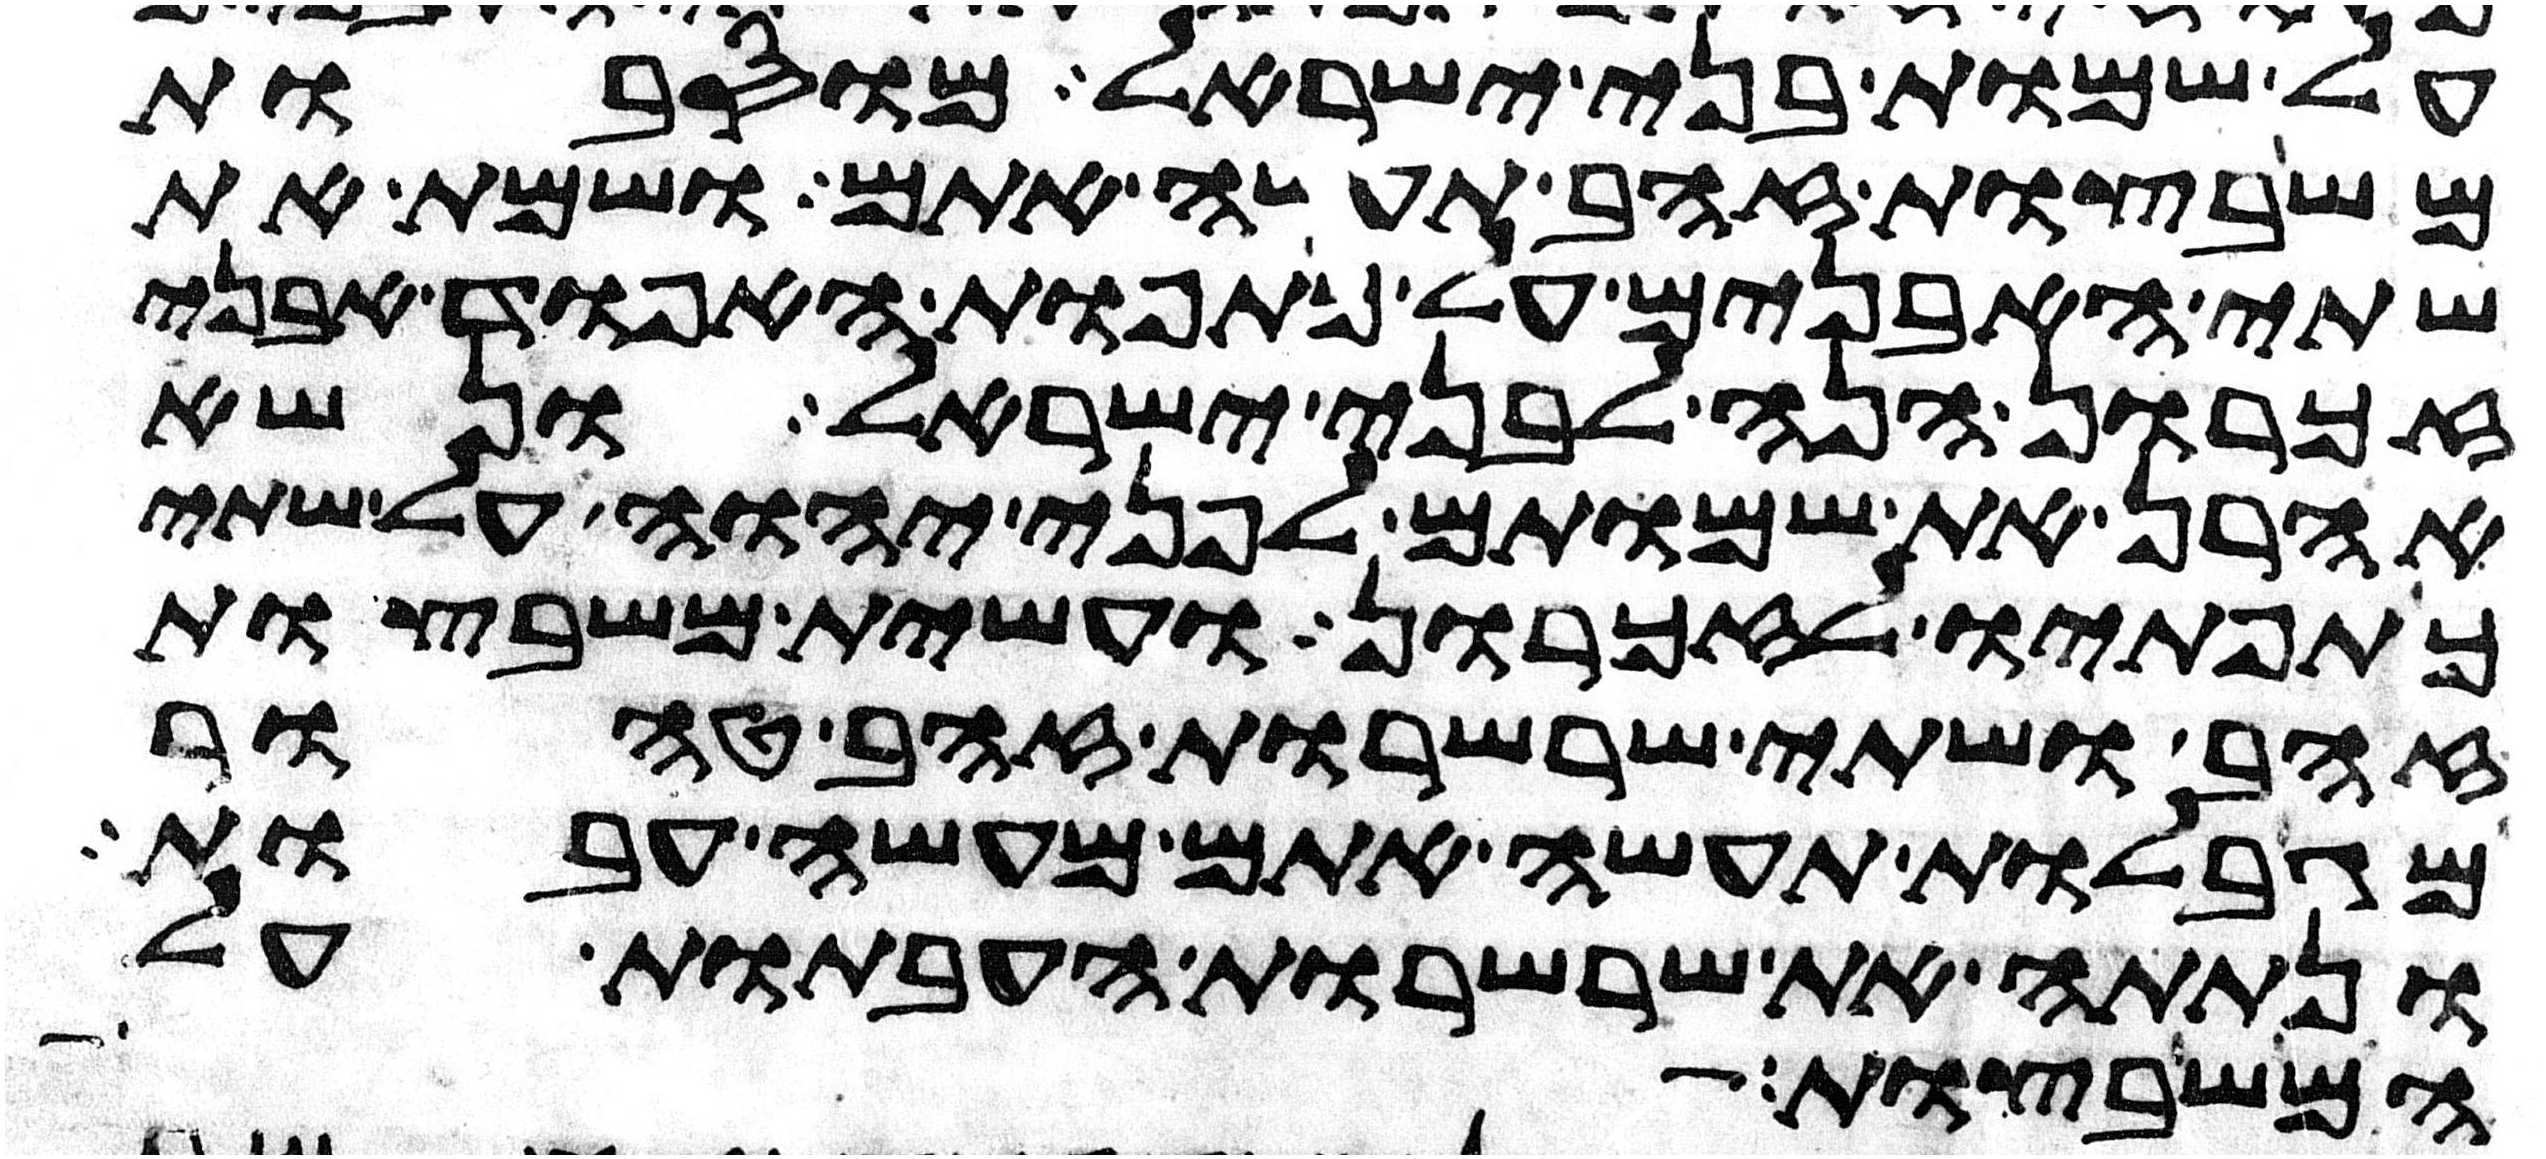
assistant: על שמות בני ישראל מוסבות
משבצות זהב תעשה אתם ושמת את
שתי האבנים על כתפות האפוד אבני
זכרון הנה לבני ישראל ונשא
אהרן את שמותם לפני יהוה על שתי
כתפתיו לזכרון ועשית משבצות
זהב ושתי שרשרות זהב טהור
מגבלות תעשה אתם מעשה עבות
ונתתה את שרשרות העבתות על
המשבצות